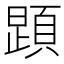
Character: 𲊱